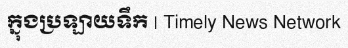
ក្នុងប្រឡាយទឹក | Timely News Network